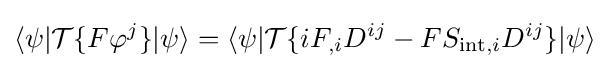
\langle \psi |{\mathcal {T}}\{F\varphi ^{j}\}|\psi \rangle =\langle \psi |{\mathcal {T}}\{iF_{,i}D^{ij}-FS_{{\text{int}},i}D^{ij}\}|\psi \rangle